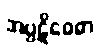
အပ္ပဋိဝေဓာ